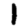
Digit: 1